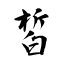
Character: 皙